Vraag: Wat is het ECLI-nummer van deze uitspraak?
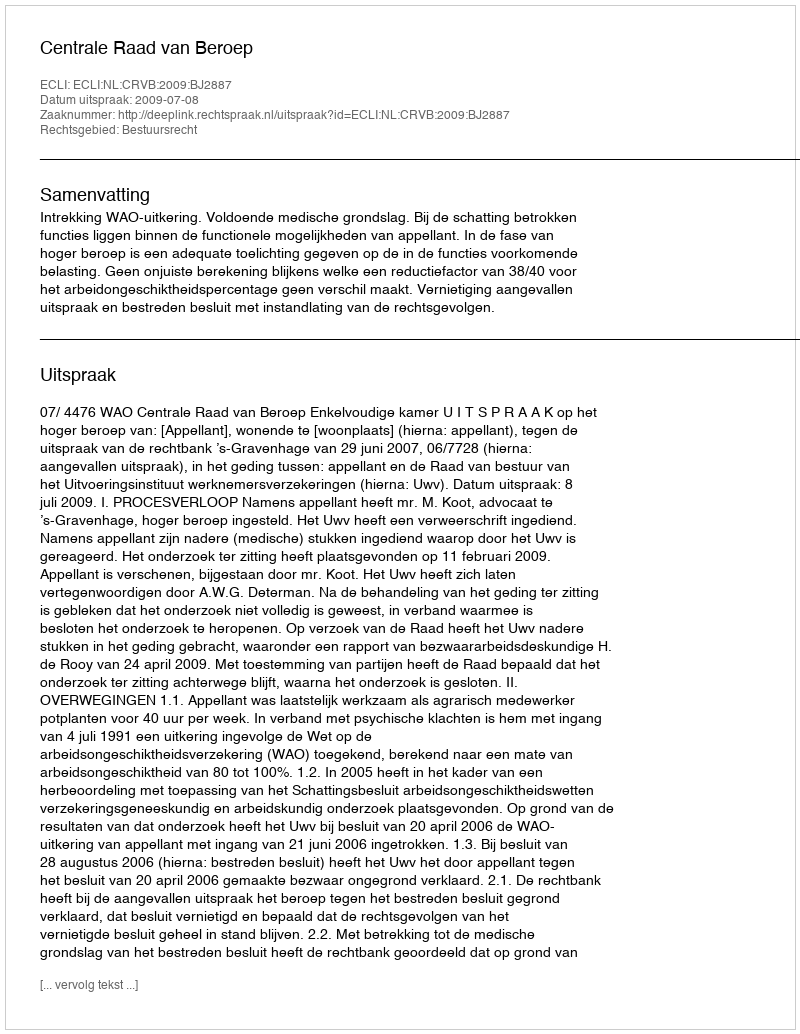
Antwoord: ECLI:NL:CRVB:2009:BJ2887